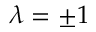
\lambda = \pm 1